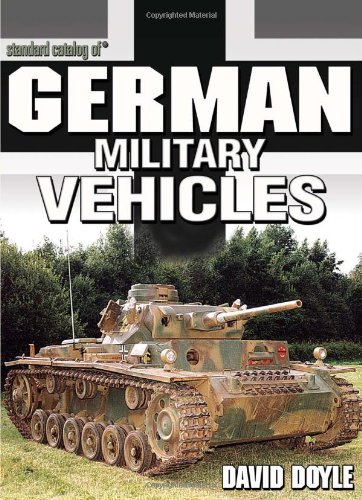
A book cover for Standard Catalog of German Military Vehicles; David Doyle; Crafts, Hobbies & Home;